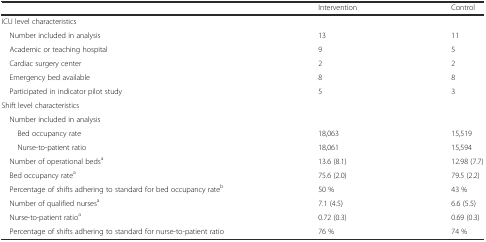
|  | Intervention | Control |
 | --- | --- | --- |
 | <COLSPAN=3> ICU level characteristics |
 | Number included in analysis | 13 | 11 |
 | Academic or teaching hospital | 9 | 5 |
 | Cardiac surgery center | 2 | 2 |
 | Emergency bed available | 8 | 8 |
 | Participated in indicator pilot study | 5 | 3 |
 | <COLSPAN=3> Shift level characteristics |
 | Number included in analysis |  |  |
 | Bed occupancy rate | 18,063 | 15,519 |
 | Nurse-to-patient ratio | 18,061 | 15,594 |
 | Number of operational bedsa | 13.6 (8.1) | 12.98 (7.7) |
 | Bed occupancy ratea | 75.6 (2.0) | 79.5 (2.2) |
 | Percentage of shifts adhering to standard for bed occupancy rateb | 50 % | 43 % |
 | Number of qualified nursesa | 7.1 (4.5) | 6.6 (5.5) |
 | Nurse-to-patient ratioa | 0.72 (0.3) | 0.69 (0.3) |
 | Percentage of shifts adhering to standard for nurse-to-patient ratio | 76 % | 74 % |